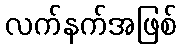
လက်နက်အဖြစ်